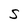
Character: S